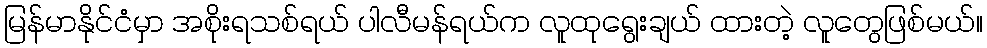
မြန်မာနိုင်ငံမှာ အစိုးရသစ်ရယ် ပါလီမန်ရယ်က လူထုရွေးချယ် ထားတဲ့ လူတွေဖြစ်မယ်။